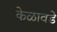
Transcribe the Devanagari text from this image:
केळावडे